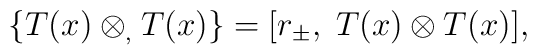
\{ T(x) \otimes_, T(x) \} = [r_\pm, \; T(x) \otimes T(x) ],